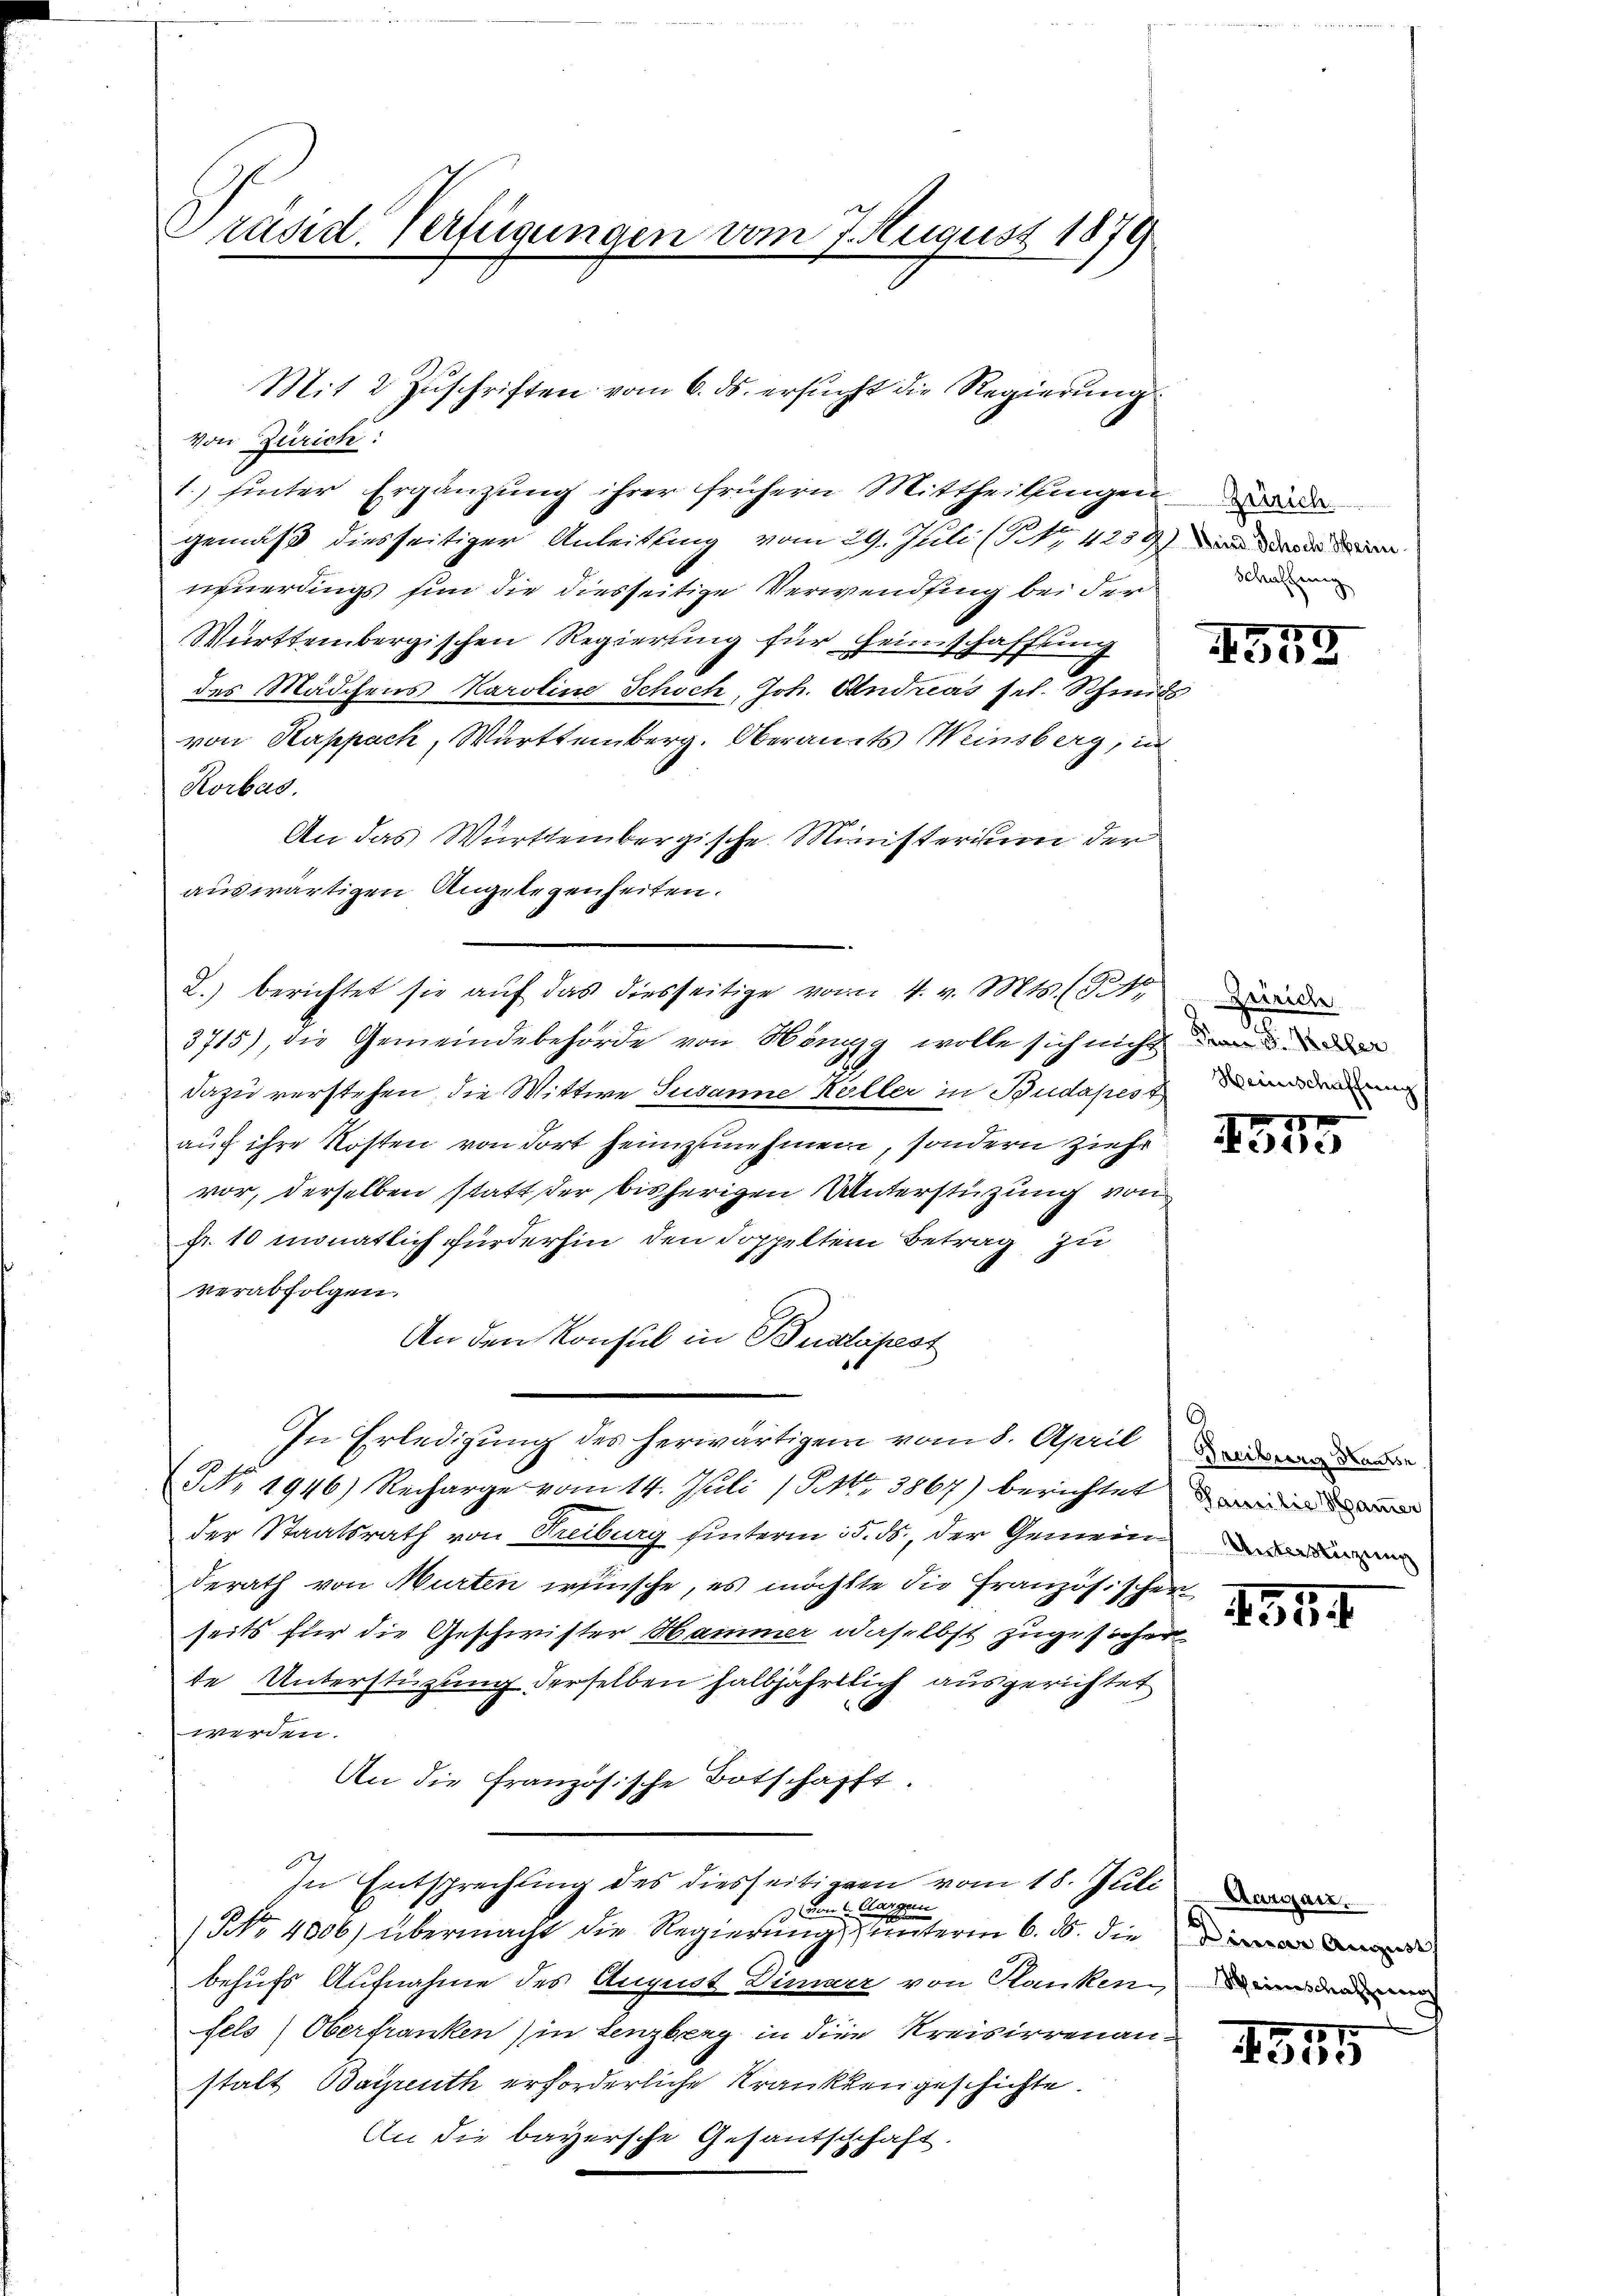
Präsid. Verfügungen vom 7. August 1879

von Zürich:
1.) hinter Ergänzŭng ihrer frühern Mittheilungen de
gemäß diesseitiger Anleitung vom 29. Juli (S. 423 f.) an der den
neuerdings sin die diesseitige Verwendung bei der die
Württembergischen Regierung für Heimschaffung
des Mädchens Karoline Schoch, Joh. Andreas sel. Schmids
von Kuppach, Württemberg. Oberamts Weinsberg, in
Korbas.
An das Württembergische Ministerium der
auswärtigen Angelegenheiten.
3715), die Gemeindebehörde von Höngg wolle sich nicht de
dazu verstehen, die Wittwe Susanne Höller in Budapest de
auch ihre Kosten von dort heimzunehmen, sondern ziehr
vor, derselben statt der bisherigen Unterstützung von
Fr. 10 monatlich fürderhin den doppeltem Betrag zu
verabfolgen.
An den Konsul in Budapest
In Erledigung des herwärtigem vom 8. April
NNo. 1946) Recharge vom 14. Juli 1904. 3867) berichtet wie
der Staatsrath von Treiburg hinterm 15. ds., der Gemeinderath von Murten wünsche, es möchtte die Französischer
seits für die Geschwister Hammer daselbst zugesicher
de Unterstüzung derselben halbjährtlich ausgerichtet
werden.
An die Französische Botschafft.
In Entsprechtung des diesseitigen vom 18. Juli
so vom 1. Margen
NNo. 4306) übermacht die Regierung unterm 6. ds. die
behufs Aufnahme des August Diner von Rankenden
fels Oberfranken in Lenzberg in die Kreisirrenanstalt Bayreuth erforderliche Krankten geschichte.
An die bayersche Gesantschschaft.
da

Mit 2 Zuschriften vom 6. ds. ersucht die Regierung

2.) berichtet sie aŭf das diesseitige vom 4. v. Mts. (

1559

Zürich
x

ide

Unterstüzung

131

Dimar August

1555